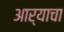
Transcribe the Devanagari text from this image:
आर्याचा